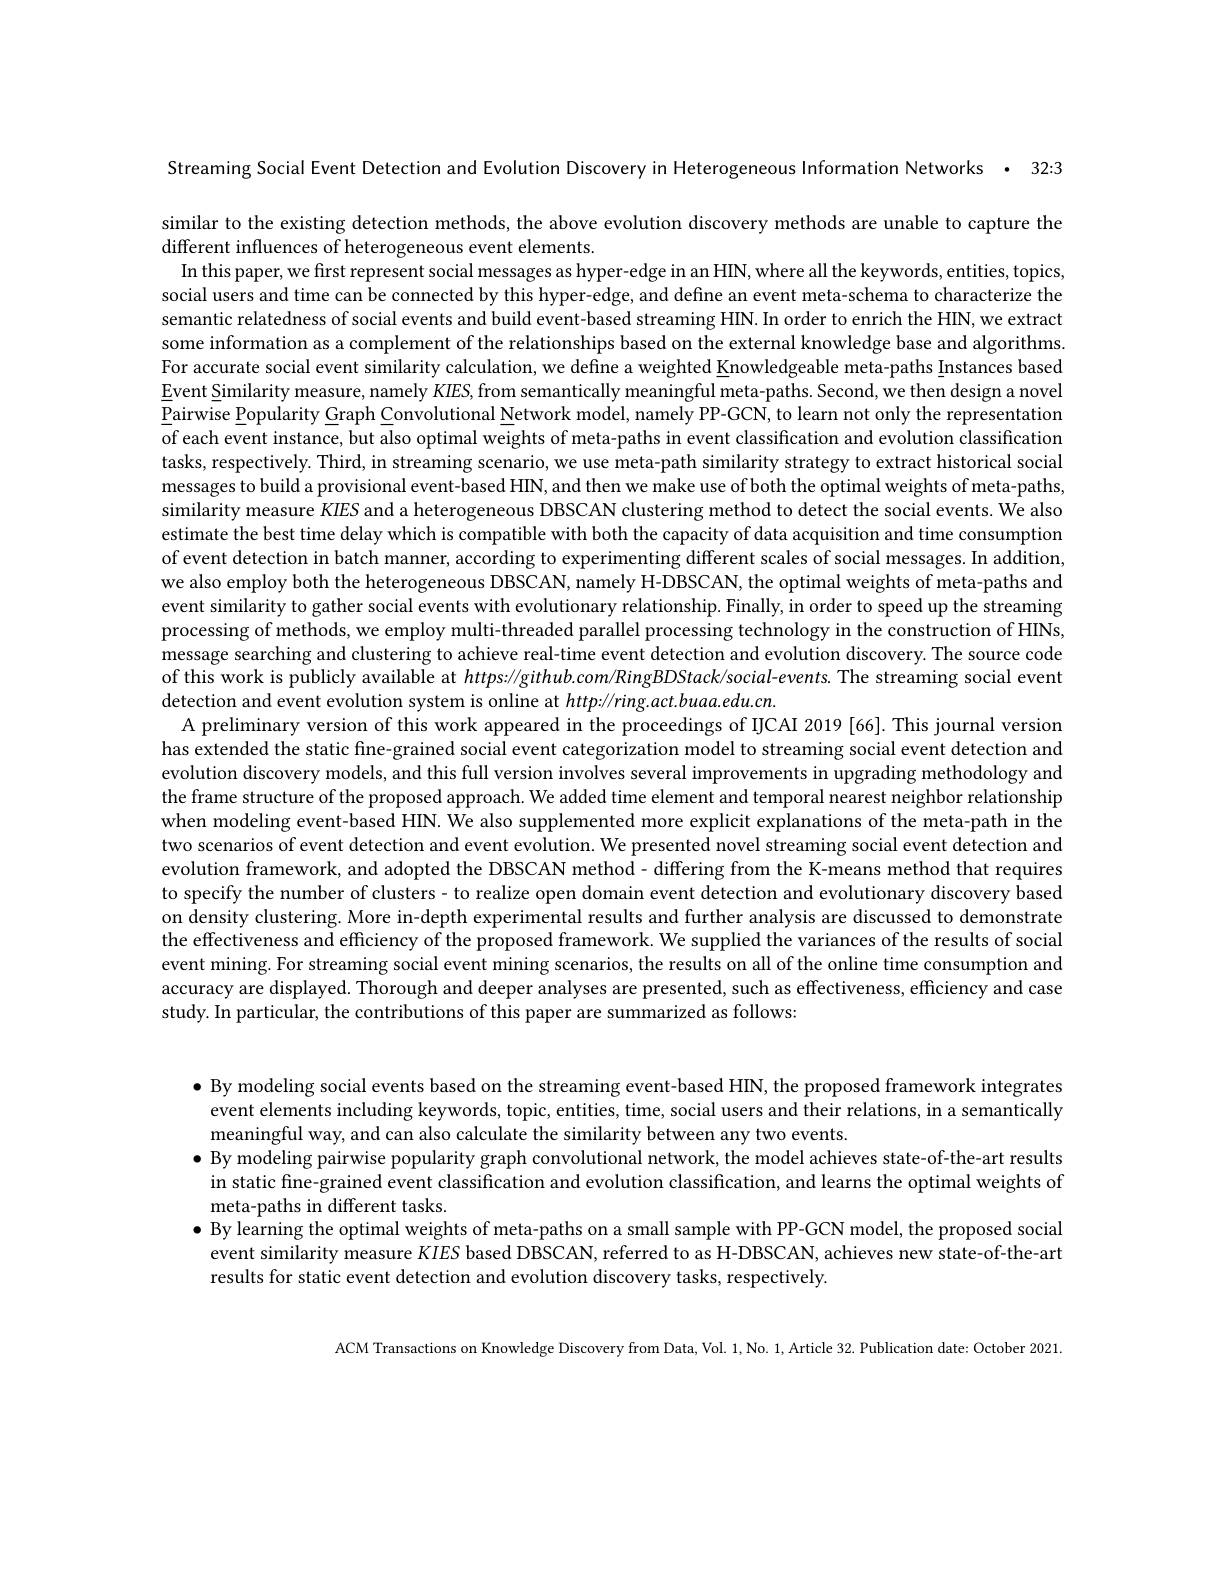
Streaming Social Event Detection and Evolution Discovery in Heterogeneous Information Networks · 32:3

similar to the existing detection methods, the above evolution discovery methods are unable to capture the
different influences of heterogeneous event elements.
In this paper, we first represent social messages as hyper-edge in an HIN, where all the keywords, entities, topics, social users and time can be connected by this hyper-edge, and define an event meta-schema to characterize the semantic relatedness of social events and build event-based streaming HIN. In order to enrich the HIN, we extract some information as a complement of the relationships based on the external knowledge base and algorithms For accurate social event similarity calculation, we define a weighted Knowledgeable meta-paths Instances based Event Similarity measure, namely $KIES$, from semantically meaningful meta-paths. Second, we then design a novel Pairwise Popularity Graph Convolutional Network model, namely PP-GCN, to learn not only the representation of each event instance, but also optimal weights of meta-paths in event classification and evolution classification tasks, respectively. Third, in streaming scenario, we use meta-path similarity strategy to extract historical social messages to build a provisional event-based HIN, and then we make use of both the optimal weights of meta-paths, similarity measure KIES and a heterogeneous DBSCAN clustering method to detect the social events. We also estimate the best time delay which is compatible with both the capacity of data acquisition and time consumption of event detection in batch manner, according to experimenting different scales of social messages. In addition, we also employ both the heterogeneous DBSCAN, namely H-DBSCAN, the optimal weights of meta-paths and event similarity to gather social events with evolutionary relationship. Finally, in order to speed up the streaming processing of methods, we employ multi-threaded parallel processing technology in the construction of HINs, message searching and clustering to achieve real-time event detection and evolution discovery. The source code of this work is publicly available at $https://github.com/RingBDStack/social-events.$ The streaming social event detection and event evolution system is online at $http://ring.act.buaa.edu.cn.$
A preliminary version of this work appeared in the proceedings of IJCAI 2019 [66]. This journal version has extended the static fine-grained social event categorization model to streaming social event detection and evolution discovery models, and this full version involves several improvements in upgrading methodology and the frame structure of the proposed approach. We added time element and temporal nearest neighbor relationship when modeling event-based HIN. We also supplemented more explicit explanations of the meta-path in the two scenarios of event detection and event evolution. We presented novel streaming social event detection and evolution framework, and adopted the DBSCAN method - differing from the K-means method that requires to specify the number of clusters - to realize open domain event detection and evolutionary discovery based on density clustering. More in-depth experimental results and further analysis are discussed to demonstrate the effectiveness and efficiency of the proposed framework. We supplied the variances of the results of social event mining. For streaming social event mining scenarios, the results on all of the online time consumption and accuracy are displayed. Thorough and deeper analyses are presented, such as effectiveness, efficiency and case study. In particular, the contributions of this paper are summarized as follows:

$\bullet$ By modeling social events based on the streaming event-based HIN, the proposed framework integrates event elements including keywords, topic, entities, time, social users and their relations, in a semantically meaningful way, and can also calculate the similarity between any two events
$\bullet$ By modeling pairwise popularity graph convolutional network, the model achieves state-of-the-art results
in static fine-grained event classification and evolution classification, and learns the optimal weights of
meta-paths in different tasks
$\bullet$ By learning the optimal weights of meta-paths on a small sample with PP-GCN model, the proposed social
event similarity measure $KIES$ based DBSCAN, referred to as H-DBSCAN, achieves new state-of-the-art
results for static event detection and evolution discovery tasks, respectively.

ACM Transactions on Knowledge Discovery from Data, Vol. 1, No. 1, Article 32. Publication date: October 2021